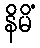
နိမိံ